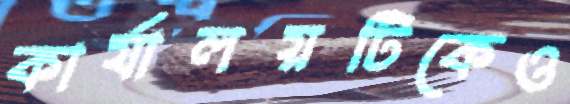
কার্যালয়টিকেও